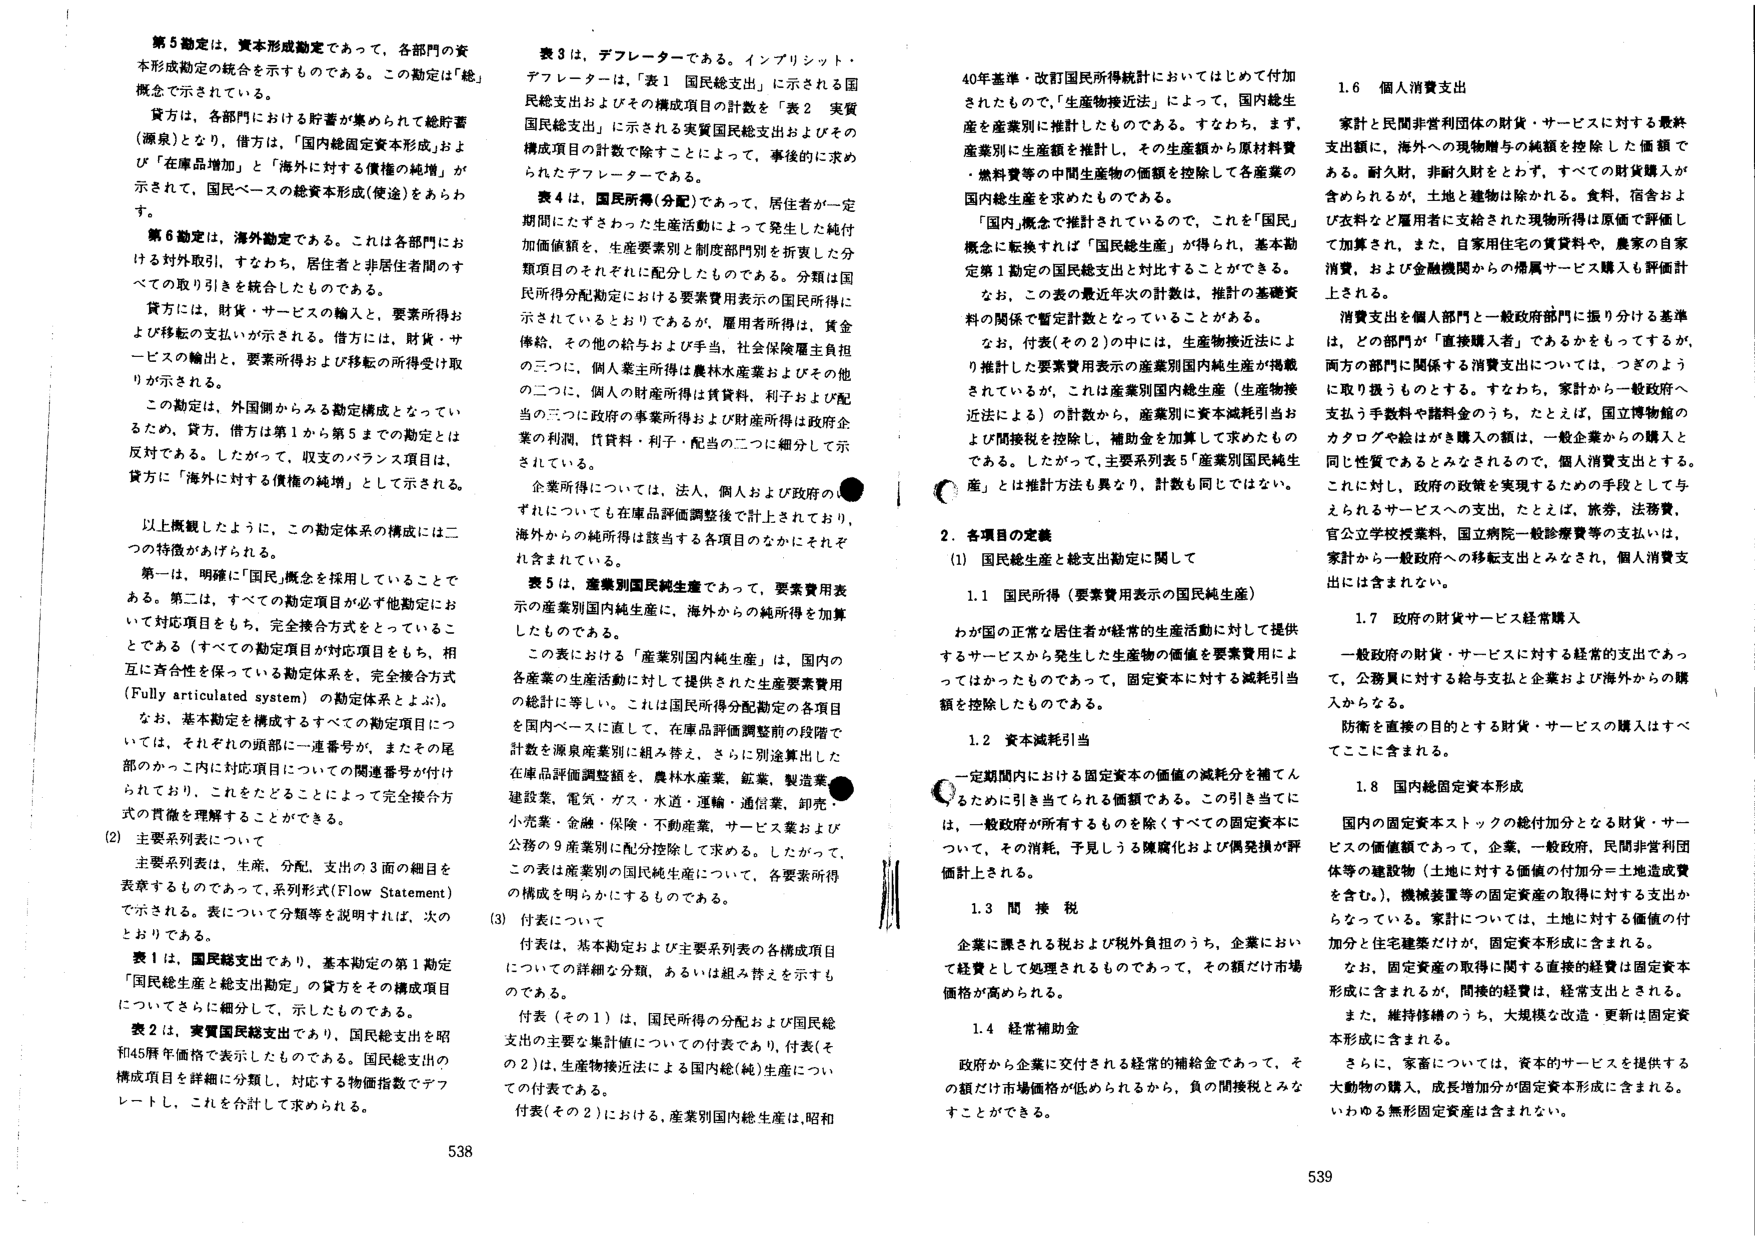
第5勘定は、資本形成勘定であって、各部門の資本形成勘定の統合を示すものである。この勘定は「総」概念で示されている。

貸方は、各部門における貯蓄が集められて総貯蓄（源泉）となり、借方は、「国内総固定資本形成」および「在庫品増加」と「海外に対する債権の純増」が示されて、国民ベースの総資本形成（使途）をあらわす。

第6勘定は、海外勘定である。これは各部門における対外取引、すなわち、居住者と非居住者間のすべての取り引きを統合したものである。

貸方には、財貨・サービスの輸入と、要素所得および移転の支払いが示される。借方には、財貨・サービスの輸出と、要素所得および移転の所得受け取りが示される。

この勘定は、外国側からみる勘定構成となっているため、貸方、借方は第1から第5までの勘定とは反対である。したがって、収支のバランス項目は、貸方に「海外に対する債権の純増」として示される。

以上概観したように、この勘定体系の構成には二つの特徴があげられる。

第一は、明確に「国民」概念を採用していることである。第二は、すべての勘定項目が必ず他勘定において対応項目をもち、完全接合方式をとっていることである（すべての勘定項目が対応項目をもち、相互に完全性を保っている勘定体系を、完全接合方式（Fully articulated system）の勘定体系とよぶ）。

なお、基本勘定を構成するすべての勘定項目については、それぞれの頭部に一連番号が、またその尾部のカッコ内に対応項目についての関連番号が付けられており、これをたどることによって完全接合方式の貫徹を理解することができる。

(2) 主要系列表について

主要系列表は、生産、分配、支出の3面の細目を表章するものであり、系列形式（Flow Statement）で示される。表について分類等を説明すれば、次のとおりである。

表1は、国民総支出であり、基本勘定の第1勘定「国民総生産と総支出勘定」の貸方をその構成項目についてさらに細分化して、示したものである。

表2は、実質国民総支出であり、国民総支出を昭和45年価格で表示したものである。国民総支出の構成項目を詳細に分類し、対応する物価指数でデフレートし、これを合計して求められる。

表3は、デフレーターである。インプリシット・デフレーターは、「表1 国民総支出」に示される国民総支出およびその構成項目の計数を「表2 実質国民総支出」に示される実質国民総支出およびその構成項目の計数で除すことによって、事後的に求められたデフレーターである。

表4は、国民所得（分配）であって、居住者が一定期間にたずさわった生産活動によって発生した純付加価値額を、生産要素別と制度部門別を折衷した分類項目のそれぞれに配分したものである。分類は国民所得分配勘定における要素費用表示の国民所得に示されているとおりであるが、雇用者所得は、賃金俸給、その他の給与および手当、社会保険賦金負担の三つに、個人業主所得は農林水産業およびその他当の三つに、政府の事業所得および財産所得は政府企業の利潤、賃貸料・利子・配当の二つに細分して示されている。

企業所得については、法人、個人および政府のいずれについても在庫品評価調整後で計上されており、海外からの純所得は該当する各項目のなかにそれぞれ含まれている。

表5は、産業別国内純生産であって、要素費用表示の産業別国内純生産に、海外からの純所得を加算したものである。

この表における「産業別国内純生産」は、国内の各産業の生産活動に対して提供された生産要素費用の総計に等しい。これは国民所得分配勘定の各項目を国内ベースに直して、在庫品評価調整前の段階で計数を源泉産業別に組み替え、さらに別途算出した在庫品評価調整額を、農林水産業、鉱業、製造業、建設業、電気・ガス・水道・運輸、通信業、卸売・小売業、金融・保険・不動産業、サービス業および公務の9産業別に配分控除して求める。したがって、この表は産業別の国民純生産について、各要素所得の構成を明らかにするものである。

(3) 付表について

付表は、基本勘定および主要系列表の各構成項目についての詳細な分類、あるいは組み替えを示すものである。

付表（その1）は、国民所得の分配および国民総支出の主要な集計値についての付表であり、付表（その2）は、生産物接近法による国内総（純）生産についての付表である。

付表（その2）における、産業別国内総生産は、昭和40年基準・改訂国民所得統計においてはじめて付加されたもので、「生産物接近法」によって、国内総生産を産業別に推計したものである。すなわち、まず、産業別に生産額を推計し、その生産額から原材料費・燃料費等の中間生産物の価額を控除して各産業の国内総生産を求めたものである。

「国内」概念で推計されているので、これを「国民」概念に転換すれば「国民総生産」が得られ、基本勘定第1勘定の国民総支出と対比することができる。

なお、この表の最近年次の計数は、推計の基礎資料の関係で暫定計数となっていることがある。

なお、付表（その2）の中には、生産物接近法により推計した要素費用表示の産業別国内純生産が掲載されているが、これは産業別国内総生産（生産物接近法による）の計数から、産業別資本減耗引当および間接税を控除し、補助金を加算して求めたものである。したがって、主要系列表5「産業別国民純生産」とは推計方法も異なり、計数も同じではない。

2. 各項目の定義

(1) 国民総生産と総支出勘定に関して

1.1 国民所得（要素費用表示の国民純生産）

わが国の正常な居住者が経常の生産活動に対して提供するサービスから発生した生産物の価値を要素費用によってはかったものであって、固定資本に対する減耗引当額を控除したものである。

1.2 資本減耗引当

一定期間における固定資本の価値の減耗分を補てんするために引き当てられる価額である。この引き当てには、一般政府が所有するものを除くすべての固定資本について、その消耗、予見しうる陳腐化および偶発損が評価計上される。

1.3 間接税

企業に課される税および税外負担のうち、企業において経費として処理されるものであって、その額だけ市場価格が高められる。

1.4 経常補助金

政府から企業に交付される経常的補給金であって、その額だけ市場価格が低められるから、負の間接税とみなすことができる。

1.6 個人消費支出

家計と民間非営利団体の財貨・サービスに対する最終支出額に、海外への現物贈与の純額を控除した価額である。耐久財、非耐久財をとわず、すべての財貨購入が含められるが、土地と建物は除かれる。食料、宿舎および文科など雇用者に支給された現物所得は原価で評価して加算され、また、自家用住宅の賃貸料や、農家の自家消費、および金融機関からの帰属サービス購入も評価計上される。

消費支出を個人部門と一般政府部門に振り分ける基準は、どの部門が「直接購入者」であるかをもってするが、両方の部門に関係する消費支出については、つぎのように取り扱うものとする。すなわち、家計から一般政府へ支払う手数料や諸耗金のうち、たとえば、国立博物館のカタログや絵はがき購入の額は、一般企業からの購入と同じ性質であるとみなされるので、個人消費支出とする。これに対し、政府の政策を実現するための手段として与えられるサービスへの支出、たとえば、旅券、法務費、官公立学校授業料、国立病院一般診療費等の支払いは、家計から一般政府への移転支出とみなされ、個人消費支出には含まれない。

1.7 政府の財貨サービス経常購入

一般政府の財貨・サービスに対する経常的支出であって、公務員に対する給与支払と企業および海外からの購入からなる。

防衛を直接の目的とする財貨・サービスの購入はすべてここに含まれる。

1.8 国内総固定資本形成

国内の固定資本ストックの総付加分となる財貨・サービスの価値額であって、企業、一般政府、民間非営利団体等の建設物（土地に対する価値の付加分＝土地造成費を含む）、機械装置等の固定資産の取得に対する支出からなっている。家計については、土地に対する価値の付加分と住宅建築だけが、固定資本形成に含まれる。

なお、固定資産の取得に関する直接的経費は固定資本形成に含まれるが、間接的経費は、経常支出とされる。

また、維持修繕のうち、大規模な改造・更新は固定資本形成に含まれる。

さらに、家畜については、資本的サービスを提供する大動物の購入、成長増加分が固定資本形成に含まれる。いわゆる無形固定資産は含まれない。

538
539